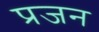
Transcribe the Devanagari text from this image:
प्रजन